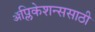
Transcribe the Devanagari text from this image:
ॲप्लिकेशन्ससाठी